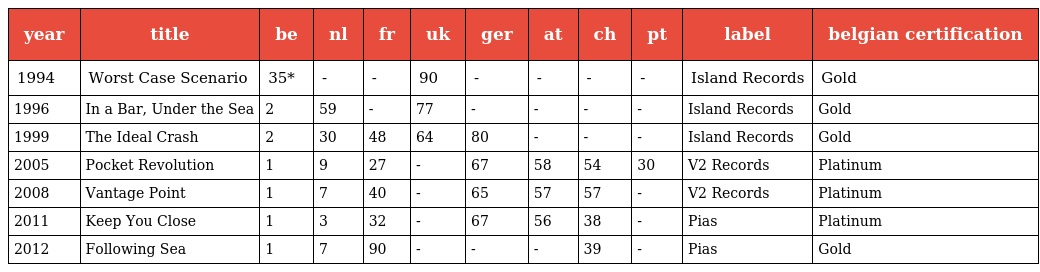
| year | title | be | nl | fr | uk | ger | at | ch | pt | label | belgian certification |
 | --- | --- | --- | --- | --- | --- | --- | --- | --- | --- | --- | --- |
 | 1994 | Worst Case Scenario | 35* | - | - | 90 | - | - | - | - | Island Records | Gold |
 | 1996 | In a Bar, Under the Sea | 2 | 59 | - | 77 | - | - | - | - | Island Records | Gold |
 | 1999 | The Ideal Crash | 2 | 30 | 48 | 64 | 80 | - | - | - | Island Records | Gold |
 | 2005 | Pocket Revolution | 1 | 9 | 27 | - | 67 | 58 | 54 | 30 | V2 Records | Platinum |
 | 2008 | Vantage Point | 1 | 7 | 40 | - | 65 | 57 | 57 | - | V2 Records | Platinum |
 | 2011 | Keep You Close | 1 | 3 | 32 | - | 67 | 56 | 38 | - | Pias | Platinum |
 | 2012 | Following Sea | 1 | 7 | 90 | - | - | - | 39 | - | Pias | Gold |